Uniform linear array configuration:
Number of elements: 16
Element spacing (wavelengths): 0.75
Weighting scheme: hann
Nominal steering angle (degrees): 0
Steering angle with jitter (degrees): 1.991
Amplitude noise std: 0.05
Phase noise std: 0.05

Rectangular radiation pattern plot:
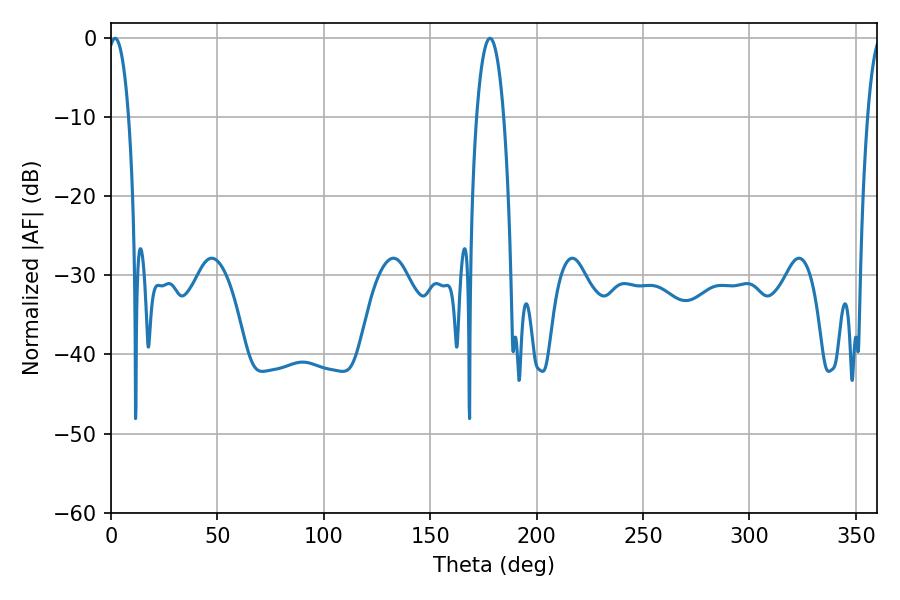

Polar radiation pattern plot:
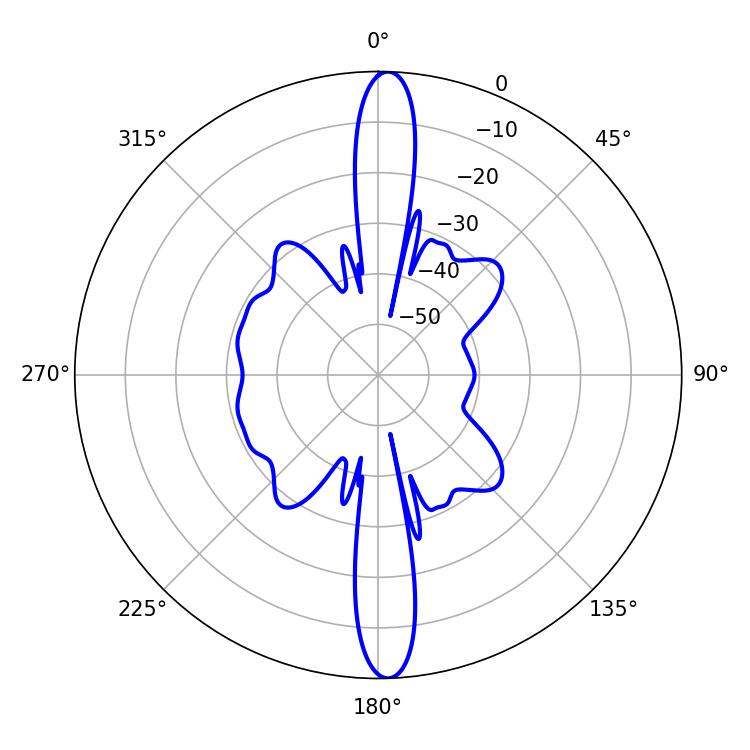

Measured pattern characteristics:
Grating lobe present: TRUE
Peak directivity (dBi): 23.826
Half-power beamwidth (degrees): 7.02
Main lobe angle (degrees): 178.02